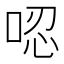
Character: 𠴍